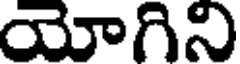
యోగిని